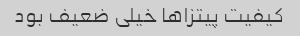
کیفیت پیتزاها خیلی ضعیف بود